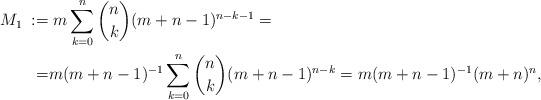
LaTeX: \begin{align*}M_1\;:=&\;m\sum_{k=0}^n {n \choose k}(m+n-1)^{n-k-1}=\\=&m(m+n-1)^{-1}\sum_{k=0}^n {n \choose k}(m+n-1)^{n-k}=m(m+n-1)^{-1} (m+n)^{n}, \\\end{align*}